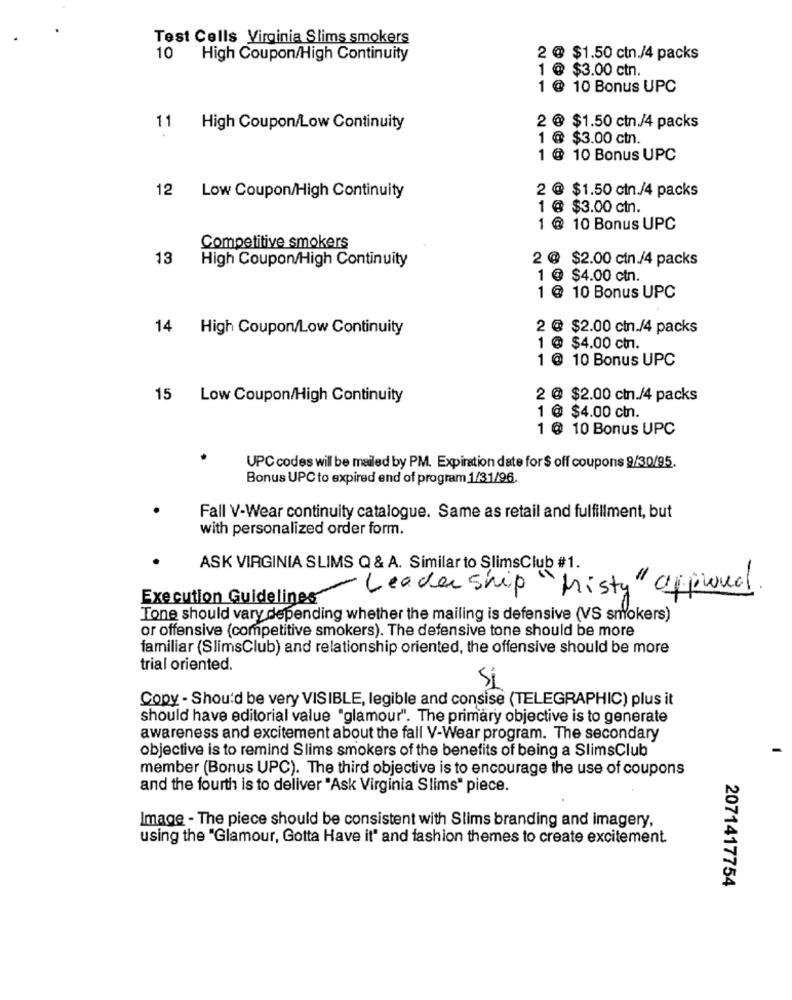
Test Cells Virginia Slims smokers
10
High Coupon/High Continuity
2 @ $1.50 ctn /4 packs
1 @ $3.00 ctn.
1 @ 10 Bonus UPC
11 High Coupon/Low Continuity
2 @ $1.50 ctn./4 packs
1 @ $3.00 ctn.
1 @ 10 Bonus UPC
12
2 @ $1.50 ctn./4 packs
Low Coupon/High Continuity
1 @ $3.00 ctn.
1 @ 10 Bonus UPC
Competitive smokers
13
High Coupon/High Continuity
2 @ $2.00 ctn./4 packs
1 @ $4.00 ctn.
1 @ 10 Bonus UPC
14 High Coupon/Low Continuity
2 @ $2.00 ctn./4 packs
1 @ $4.00 cm.
1 @ 10 Bonus UPC
15 Low Coupon/High Continuity
2 @ $2.00 ctn./4 packs
1 @ $4.00 chn.
1 @ 10 Bonus UPC
UPC codes will be mailed by PM. Expiration date for$ off coupons 9/30/95.
Bonus UPC to expired end of program 1/31/96.
Fall V-Wear continuity catalogue. Same as retail and fulfillment, but
with personalized order form.
ASK VIRGINIA SLIMS Q & A. Similar to SlimsClub #1.
Execution Guidelines
ader ship
"Misty " approved
Tone should vary depending whether the mailing is defensive (VS smokers)
or offensive (competitive smokers). The defensive tone should be more
familiar (SlimsClub) and relationship oriented, the offensive should be more
trial oriented.
Si
Copy - Should be very VISIBLE, legible and consise (TELEGRAPHIC) plus it
should have editorial value "glamour". The primary objective is to generate
awareness and excitement about the fall V-Wear program. The secondary
objective is to remind Slims smokers of the benefits of being a SlimsClub
member (Bonus UPC). The third objective is to encourage the use of coupons
and the fourth is to deliver "Ask Virginia Slims" piece.
Image - The piece should be consistent with Slims branding and imagery,
using the "Glamour, Gotta Have it" and fashion themes to create excitement
2071417754